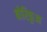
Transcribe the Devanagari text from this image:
बोरिकुआ